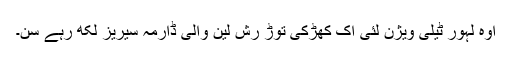
اوہ لہور ٹیلی ویژن لئی اک کھڑکی توڑ رش لین والی ڈارمہ سیریز لکھ رہے سن۔